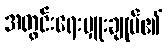
အတွင်းရေးမှူးချုပ်၏